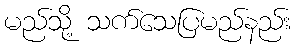
မည်သို့ သက်သေပြမည်နည်း